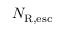
N _ { \mathrm { R , e s c } }